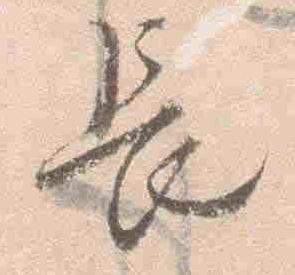
長